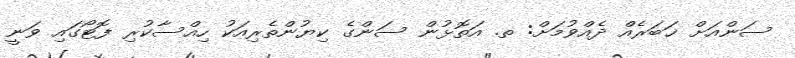
ސަންއަށް ޚަބަރެއް ދެއްވުމަށް: ތ. އަތޮޅުން ސަންގެ ކިޔުންތެރިއަކު ހިއްސާކުރި ފޮޓޯގައި ވަނީ